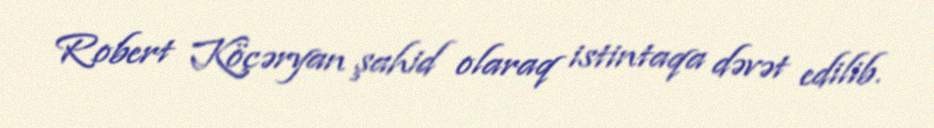
Robert Köçəryan şahid olaraq istintaqa dəvət edilib.